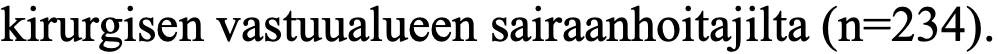
kirurgisen vastuualueen sairaanhoitajilta (n=234).